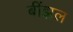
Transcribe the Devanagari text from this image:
बींझल